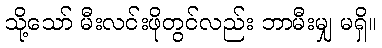
သို့သော် မီးလင်းဖိုတွင်လည်း ဘာမီးမျှ မရှိ။